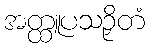
အတ္ထူပသဉှိတံ